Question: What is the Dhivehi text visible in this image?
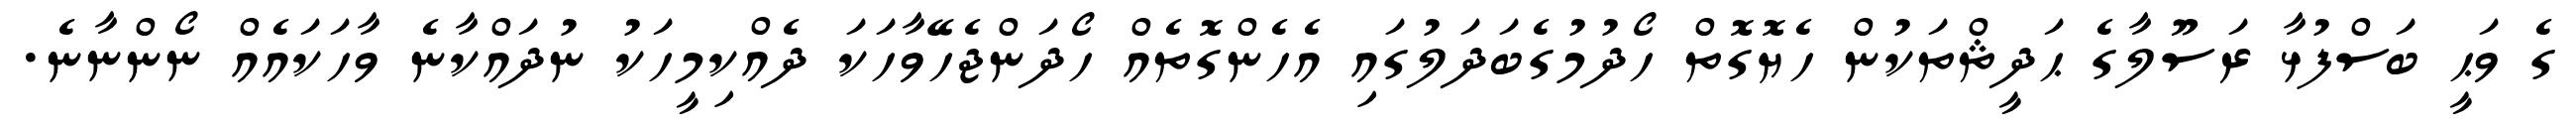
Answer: ގެ ވަޙީ ބަސްފުޅާ ރަސޫލާގެ ޙަދީޘްތަކުން ހެޔޮގޮތް ހޯދުމުގެބަދަލުގައި އެހެންގޮތެއް ހޯދަންޖެހޭވާހަކަ ދެއްކިމީހަކު ނުދައްކާނެ ވާހަކައެއް ނޯންނާނެ.